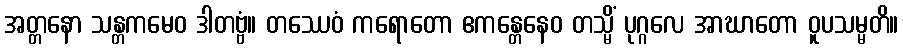
အတ္တနော သန္တကမေဝ ဒါတဗ္ဗံ။ တဿေဝံ ကရောတော ဧကန္တေနေဝ တသ္မိံ ပုဂ္ဂလေ အာဃာတော ဝူပသမ္မတိ။